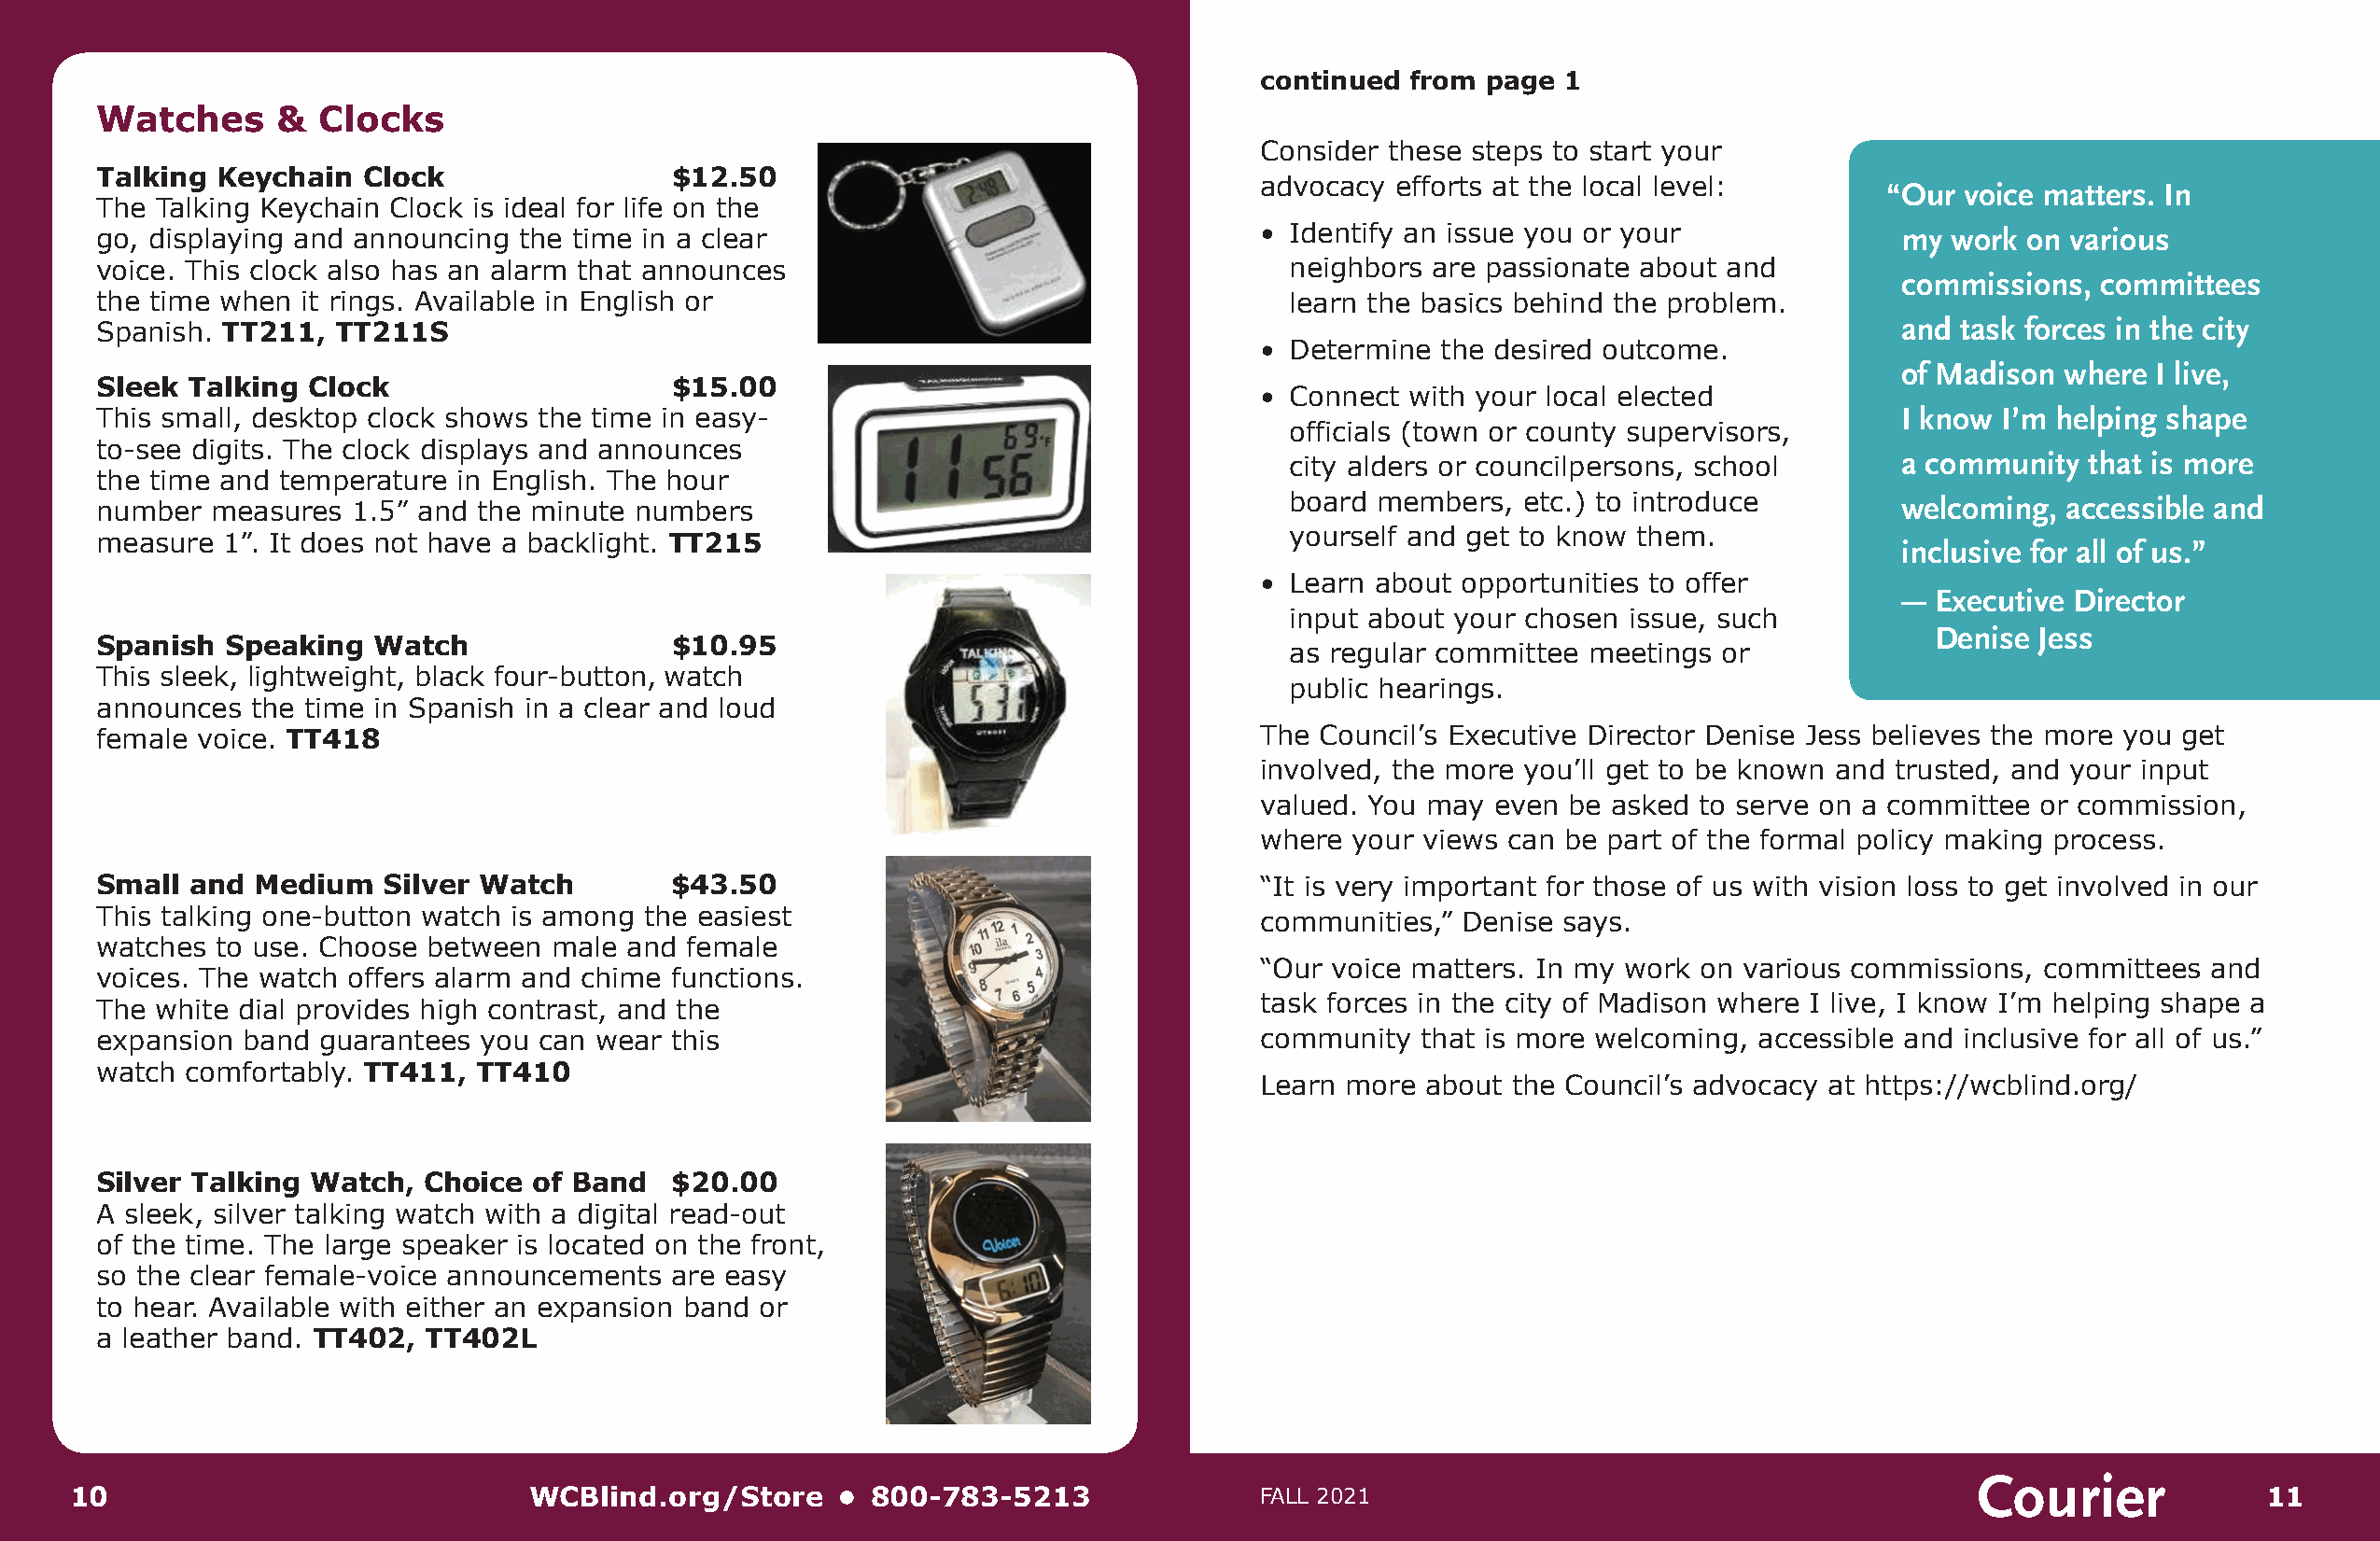
ccoonnttiinnuueedd ffrroomm ppaaggee 11
 Watches      &  Clocks
 Consider these steps to start your
 Talking Keychain   Clock                 $12.50
 advocacy  efforts at the local level:        “Our voice matters. In
 The Talking Keychain Clock is ideal for life on the
 go, displaying and announcing the time in a clear                                 • Identify an issue you or your               my work  on various
 voice. This clock also has an alarm that announces                                  neighbors  are passionate about and
 commissions,  committees
 the time when it rings. Available in English or                                     learn the basics behind the problem.
 and task forces in the city
 Spanish. TT211,  TT211S
 • Determine  the desired outcome.
 of Madison where  I live,
 Sleek Talking  Clock                     $15.00
 • Connect  with your local elected
 This small, desktop clock shows the time in easy-                                                                               I know I’m helping shape
 officials (town or county supervisors,
 to-see digits. The clock displays and announces
 a community  that is more
 city alders or councilpersons, school
 the time and temperature in English. The hour
 board  members,  etc.) to introduce         welcoming,  accessible and
 number  measures  1.5” and the minute numbers
 yourself and get to know them.
 measure  1”. It does not have a backlight. TT215                                                                                inclusive for all of us.”
 • Learn  about opportunities to offer
 “— Executive Director
 input about your chosen  issue, such
 Denise  Jess
 Spanish  Speaking   Watch                $10.95
 as regular committee  meetings or
 This sleek, lightweight, black four-button, watch
 public hearings.
 announces  the time in Spanish in a clear and loud
 female voice. TT418                                                               The  Council’s Executive Director Denise Jess believes the more you get
 involved, the more you’ll get to be known and trusted, and your input
 valued. You may  even be asked  to serve on a committee or commission,
 where  your views can be part of the formal policy making process.
 Small and  Medium   Silver Watch         $43.50                                   “It is very important for those of us with vision loss to get involved in our
 This talking one-button watch is among the easiest                                communities,”  Denise says.
 watches to use. Choose between  male and  female
 “Our voice matters. In my work  on various commissions, committees  and
 voices. The watch offers alarm and chime functions.
 task forces in the city of Madison where I live, I know I’m helping shape a
 The white dial provides high contrast, and the
 expansion band  guarantees you can wear  this                                     community   that is more welcoming, accessible and inclusive for all of us.”
 watch comfortably. TT411,  TT410
 Learn more  about the Council’s advocacy at https://wcblind.org/
 Silver Talking Watch,  Choice  of Band   $20.00
 A sleek, silver talking watch with a digital read-out
 of the time. The large speaker is located on the front,
 so the clear female-voice announcements  are easy
 to hear. Available with either an expansion band or
 a leather band. TT402, TT402L
 Courier
 10                               WCBlind.org/Store    •  800-783-5213               FALL 2021                                                               11